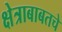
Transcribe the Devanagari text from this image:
क्षेत्राबाबतचे